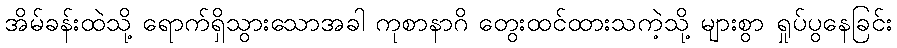
အိမ်ခန်းထဲသို့ ရောက်ရှိသွားသောအခါ ကုစာနာဂိ တွေးထင်ထားသကဲ့သို့ များစွာ ရှုပ်ပွနေခြင်း